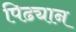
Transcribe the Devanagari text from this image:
पिढ्यान